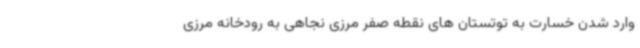
وارد شدن خسارت به توتستان های نقطه صفر مرزی نجاهی به رودخانه مرزی